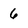
Character: 6